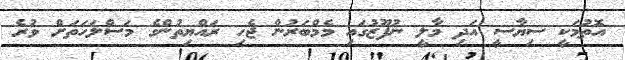
އޮތުމަކީ ސިޔާސީ އަދި މާލީ ނުފޫޒުގައި މެމްބަރުން ޖެހި ރައްޔިތުންގެ މަސްލަހަތަށް ވުރެ